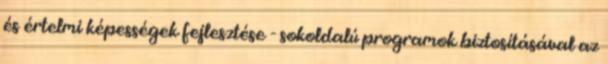
és értelmi képességek fejlesztése - sokoldalú programok biztosításával az